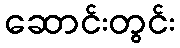
ဆောင်းတွင်း